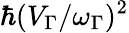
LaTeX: \hbar(V_{\Gamma}/\omega_{\Gamma})^{2}